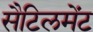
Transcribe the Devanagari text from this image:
सैटिलमेंट